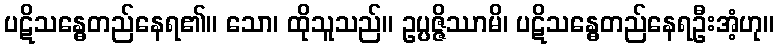
ပဋိသန္ဓေတည်နေရ၏။ သော၊ ထိုသူသည်။ ဥပ္ပဇ္ဇိဿာမိ၊ ပဋိသန္ဓေတည်နေရဦးအံ့ဟု။